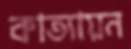
কাত্যায়ন